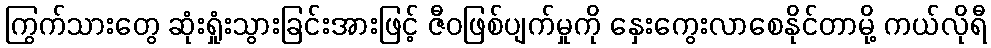
ကြွက်သားတွေ ဆုံးရှုံးသွားခြင်းအားဖြင့် ဇီဝဖြစ်ပျက်မှုကို နှေးကွေးလာစေနိုင်တာမို့ ကယ်လိုရီ